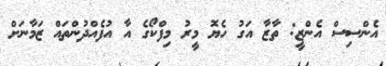
އެންސިސް އެންޒީ: ތާޒާ އަގު ހެޔޮ މީރު މިފްކޯގެ އާ އުފެއްދުންތައް ޒަމާނަށް